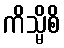
ကိသ္မိစိ